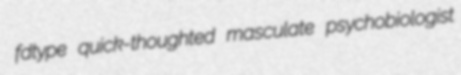
fdtype quick-thoughted masculate psychobiologist